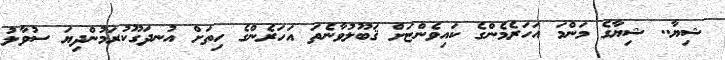
ޝިޔާ.. ޝިޔާގެ މަންމަ އަހަރެމެންގެ ކައިވެންޏަށް ޤަބޫލުވާނެތަ އަހަރެންގެ ހިތަށް އުނދަގޫކުރަމުންދިޔަ ސުވާލު